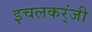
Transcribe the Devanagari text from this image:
इचलकर्ंजी